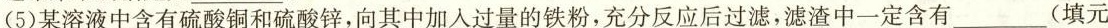
(5)某溶液中含有硫酸铜和硫酸锌，向其中加入过量的铁粉，充分反应后过滤，滤渣中一定含有___(填元